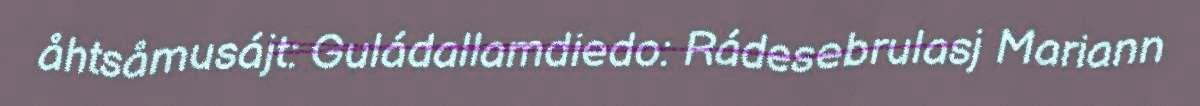
åhtsåmusájt: Guládallamdiedo: Rádesebrulasj Mariann